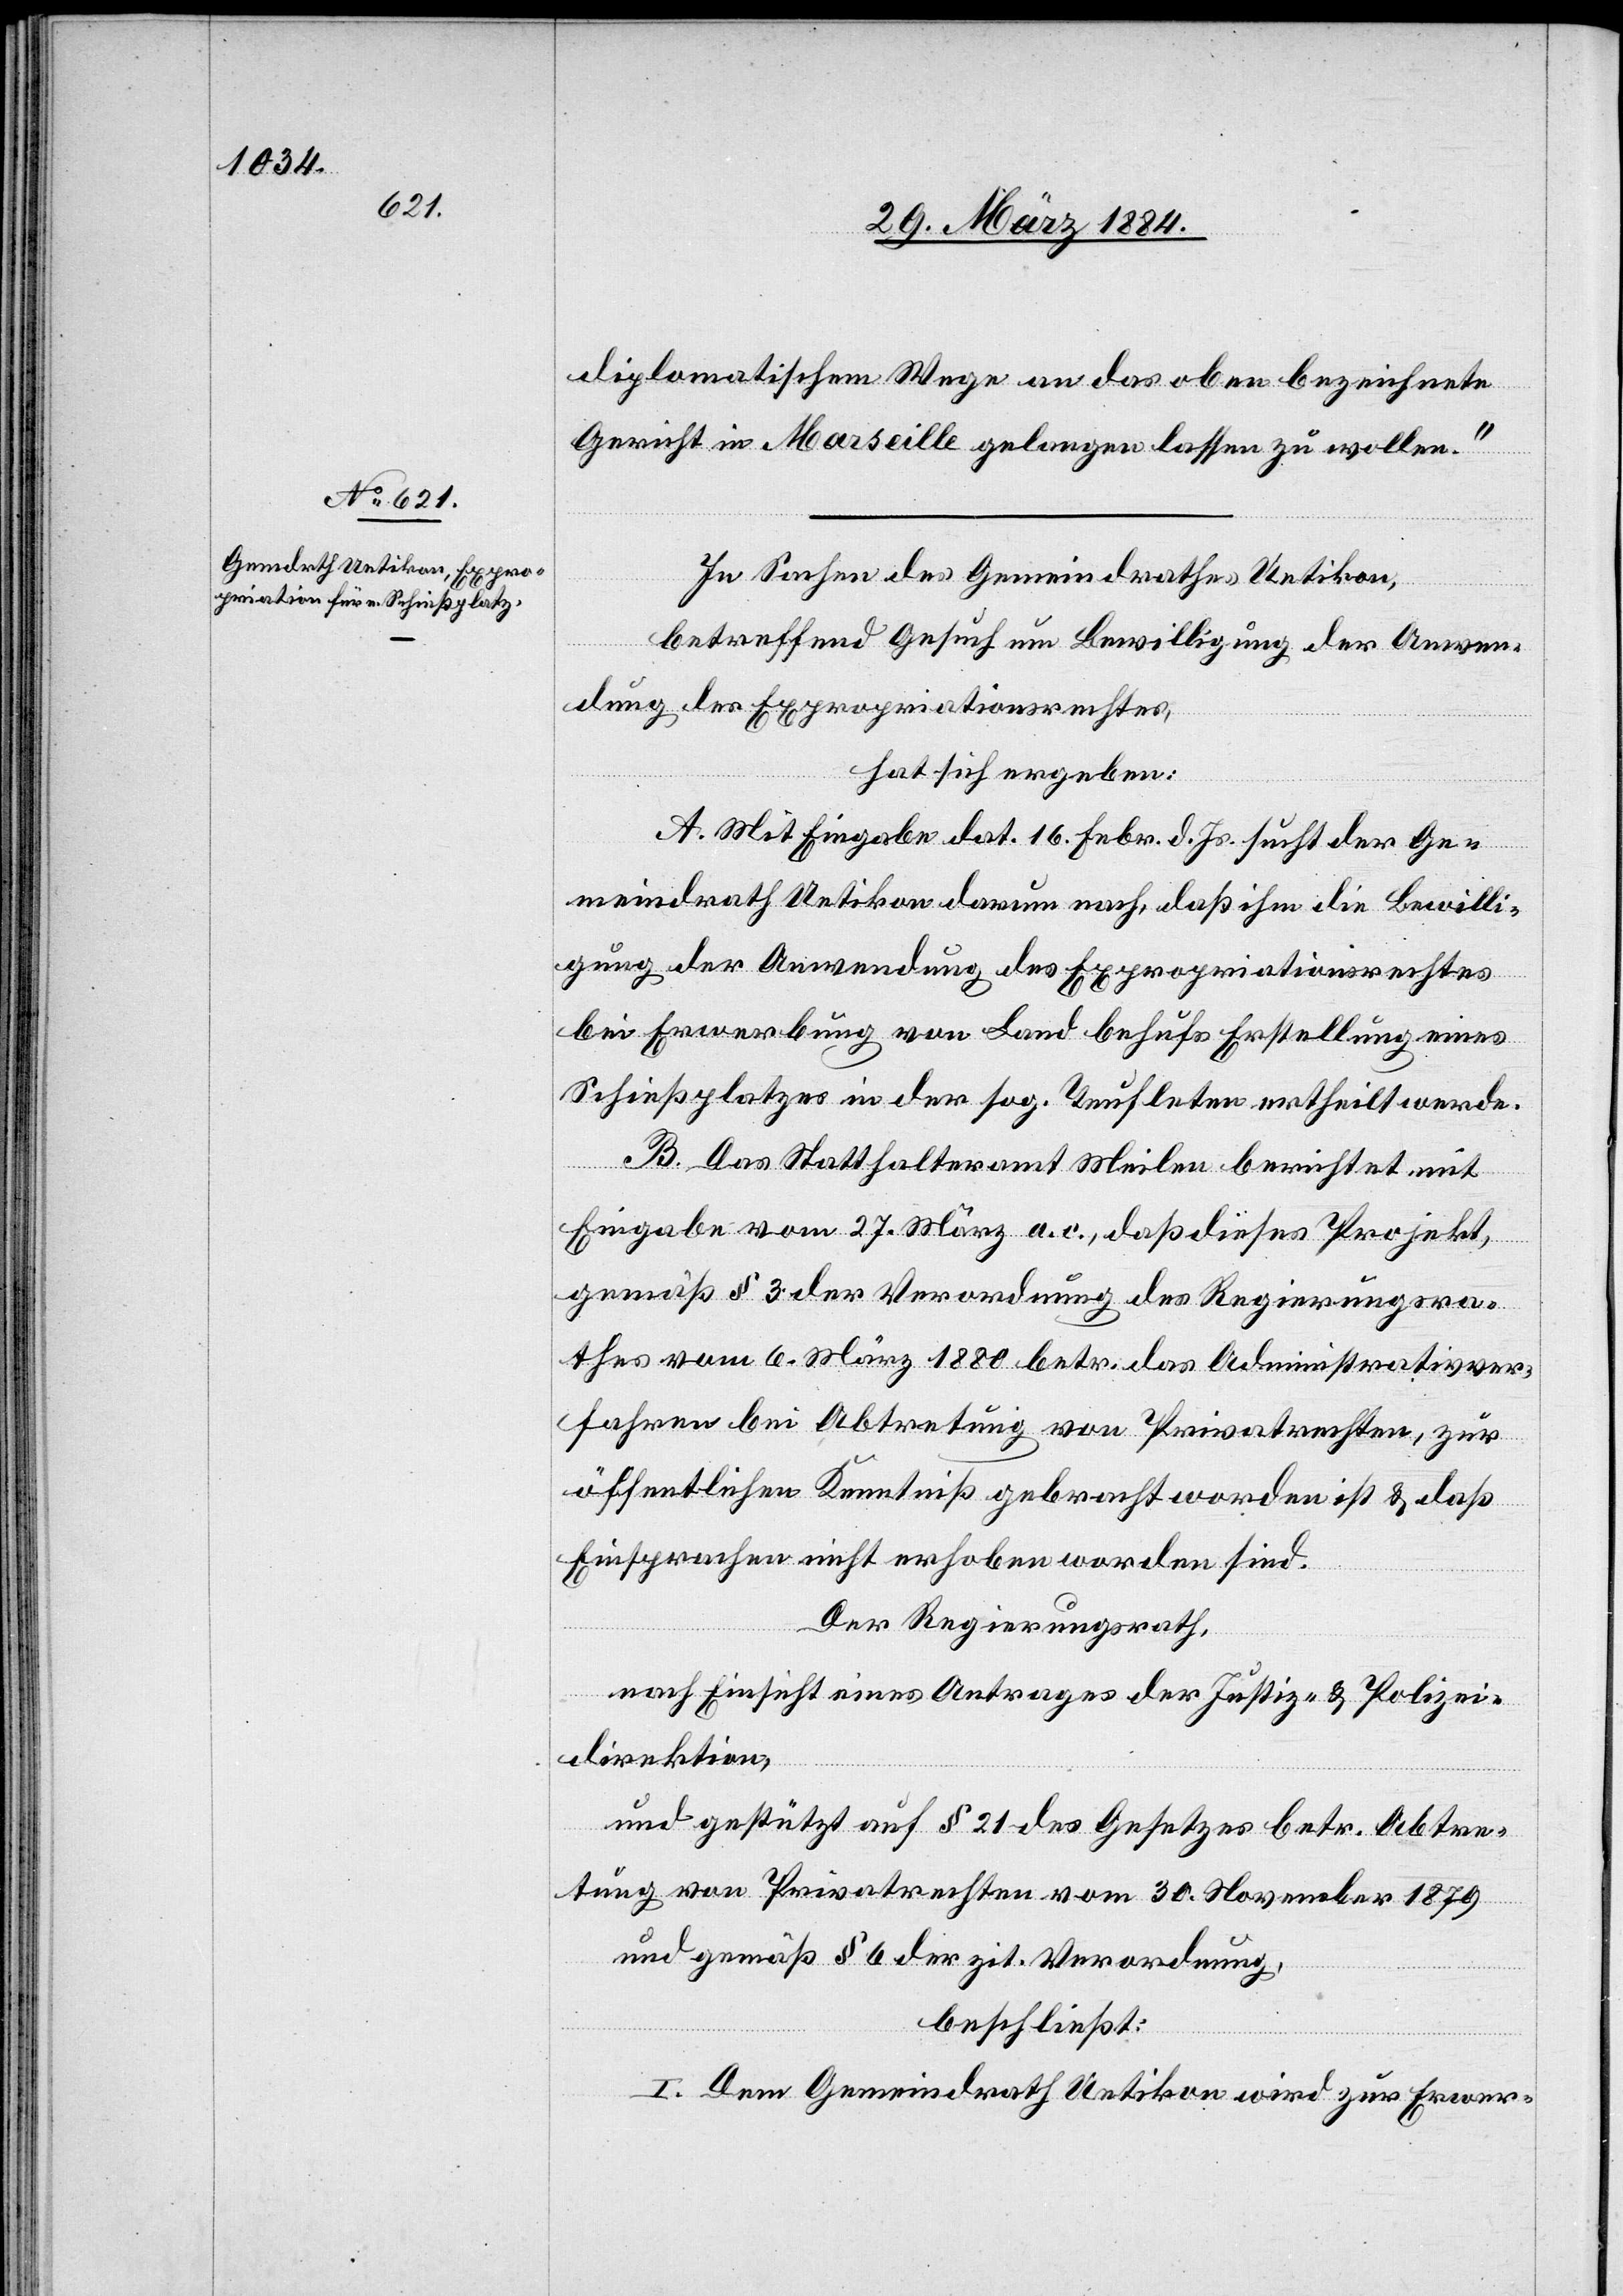
diplomatischem Wege an das oben bezeichnete
Gericht in Marseille gelangen lassen zu wollen.“
In Sachen des Gemeindrathes Uetikon,
betreffend Gesuch um Bewilligung der Anwen¬
dung des Expropriationsrechtes,
hat sich ergeben:
A. Mit Eingabe dat. 16. Febr. d. Js. sucht der Ge¬
meindrath Uetikon darum nach, daß ihm die Bewilli¬
gung der Anwendung des Expropriationsrechtes
bei Erwerbung von Land behufs Erstellung eines
Schießplatzes in der sog. Teufleten ertheilt werde.
B. Das Statthalteramt Meilen berichtet mit
Eingabe vom 27. März a. c., daß dieses Projekt,
gemäß § 3 der Verordnung des Regierungsra¬
thes vom 6. März 1880 betr. das Administrativver¬
fahren bei Abtretung von Privatrechten, zur
öffentlichen Kenntniß gebracht worden ist & daß
Einsprachen nicht erhoben worden sind.
Der Regierungsrath,
nach Einsicht eines Antrags der Justiz- & Polizei¬
direktion,
und gestützt auf § 21 des Gesetzes betr. Abtre¬
tung von Privatrechten vom 30. November 1879
und gemäß § 6 der zit. Verordnung,
beschließt:
I. Dem Gemeindrath Uetikon wird zu Erwer-